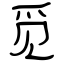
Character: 觅